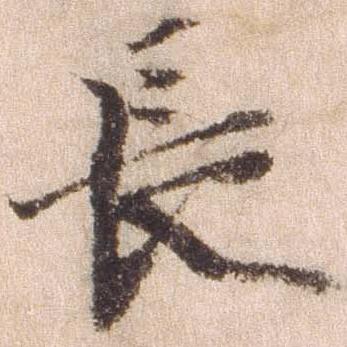
長